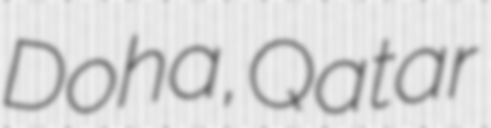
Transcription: Doha, Qatar